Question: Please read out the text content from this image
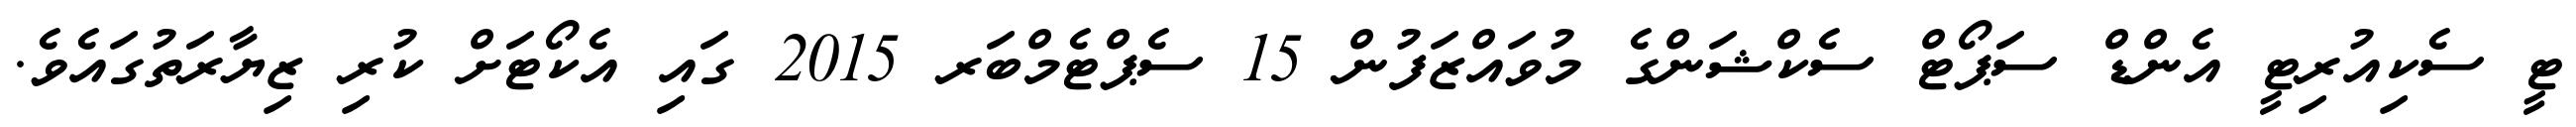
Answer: ޓީ ސެކިއުރިޓީ އެންޑް ސަޕޯޓް ސެކްޝަންގެ މުވައްޒަފުން 15 ސެޕްޓެމްބަރ 2015 ގައި އެކޯޓަށް ކުރި ޒިޔާރަތުގައެވެ.